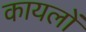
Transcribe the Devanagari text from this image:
कायलों